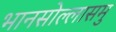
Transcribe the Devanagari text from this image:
भानसोल्लासमु